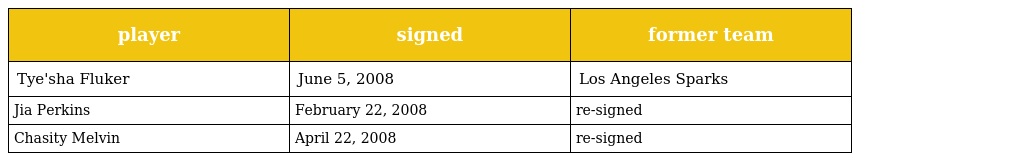
| player | signed | former team |
 | --- | --- | --- |
 | Tye'sha Fluker | June 5, 2008 | Los Angeles Sparks |
 | Jia Perkins | February 22, 2008 | re-signed |
 | Chasity Melvin | April 22, 2008 | re-signed |